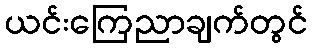
ယင်းကြေညာချက်တွင်